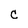
Character: c